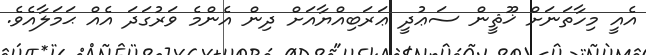
އެއީ މިހާތަނަށް ޚޫޘީން ސަޢުދީ ޢަރަބިއްޔާއަށް ދިން އެންމެ ވަރުގަދަ އެއް ޙަމަލާއެވެ.